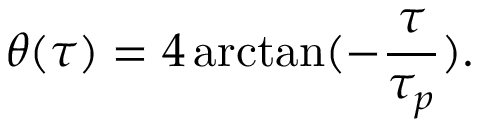
\theta ( \tau ) = 4 \arctan ( - \frac { \tau } { \tau _ { p } } ) .